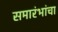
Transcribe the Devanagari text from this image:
समारंभांचा